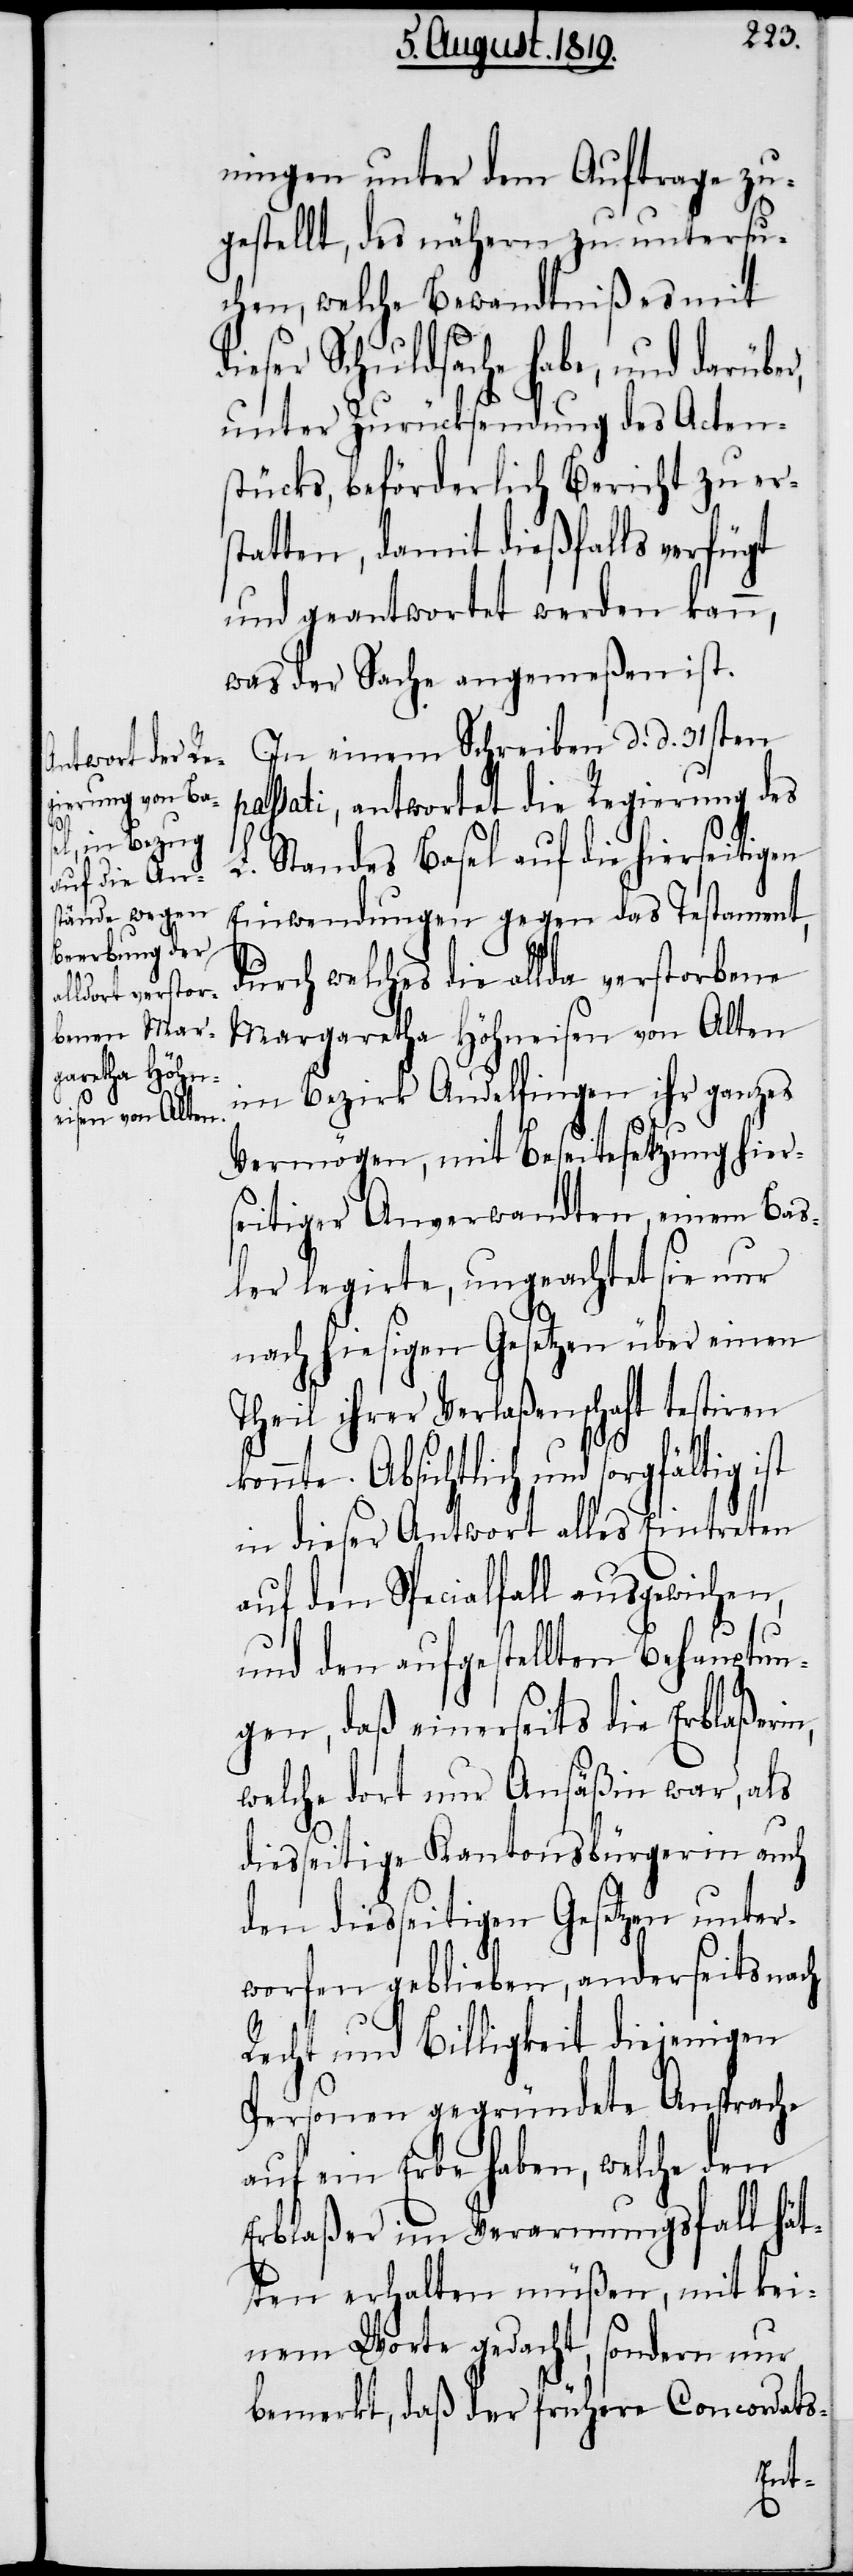
ningen unter dem Auftrage zu¬
gestellt, des nähern zu untersu¬
chen, welche Bewandtniß es mit d¬
ieser Schuldsache habe, und darübe¬
unter Zurücksendung des Acten¬
stücks, beförderlich Bericht zu er¬
statten, damit dießfalls verfügt
und geantwortet werden kann,
was der Sache angemeßen ist.
In einem Schreiben d. d. 31sten
passati, antwortet die Regierung des
L. Standes Basel auf die hierseitigen
Einwendungen gegen das Testament,
durch welches die allda verstorbene
Margaretha Höhneisen von Alten
im Bezirk Andelfingen ihr ganzes
Vermögen, mit Beseitesetzung hiers¬
eitiger Anverwandten, einem Bas¬
ler legierte, ungeachtet sie nur
nach hiesigen Gesetzen über einen
Theil ihrer Verlaßenschaft testiren
in dieser Antwort alles Eintreten
auf den Specialfall ausgewichen,
und den aufgestellten Behauptun¬
gen, daß einerseits die Erblaßeri¬
welche dort nur Ansäßin war, als
diesseitge Kantonsbürgerin auch
den dießseitigen Gesetzen unter¬
worfen geblieben, anderseits nach
Recht und Billigkeit diejenigen
Personen gegründete Ansprache
auf ein Erbe haben, welche den
Erblaßer im Verarmungsfall hät¬
ten erhalten müßen, mit kei¬
nem Worte gedacht, sondern nur
bemerkt, daß der frühere Concordats-
n,